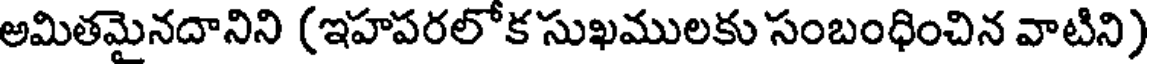
అమితమైనదానిని (ఇహపరలోక సుఖములకు సంబంధించిన వాటిని)